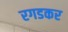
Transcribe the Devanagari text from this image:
रगडकर